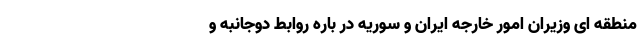
منطقه ای وزیران امور خارجه ایران و سوریه در باره روابط دوجانبه و